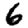
Digit: 6